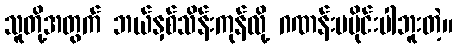
သူတို့အတွက် ဘယ်နှစ်သိန်းကုန်လို့ ဂဏန်းမပိုင်းပါဘူးတဲ့။